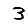
Digit: 3